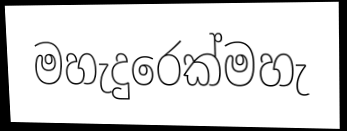
මහැදුරෙක්මහැ